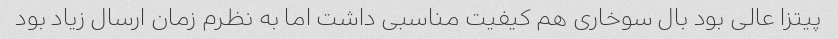
پیتزا عالی بود بال سوخاری هم کیفیت مناسبی داشت اما به نظرم زمان ارسال زیاد بود